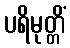
ပရိမုတ္တိံ